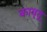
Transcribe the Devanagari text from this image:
कावृतू